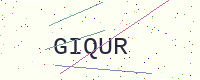
Text: GIQUR